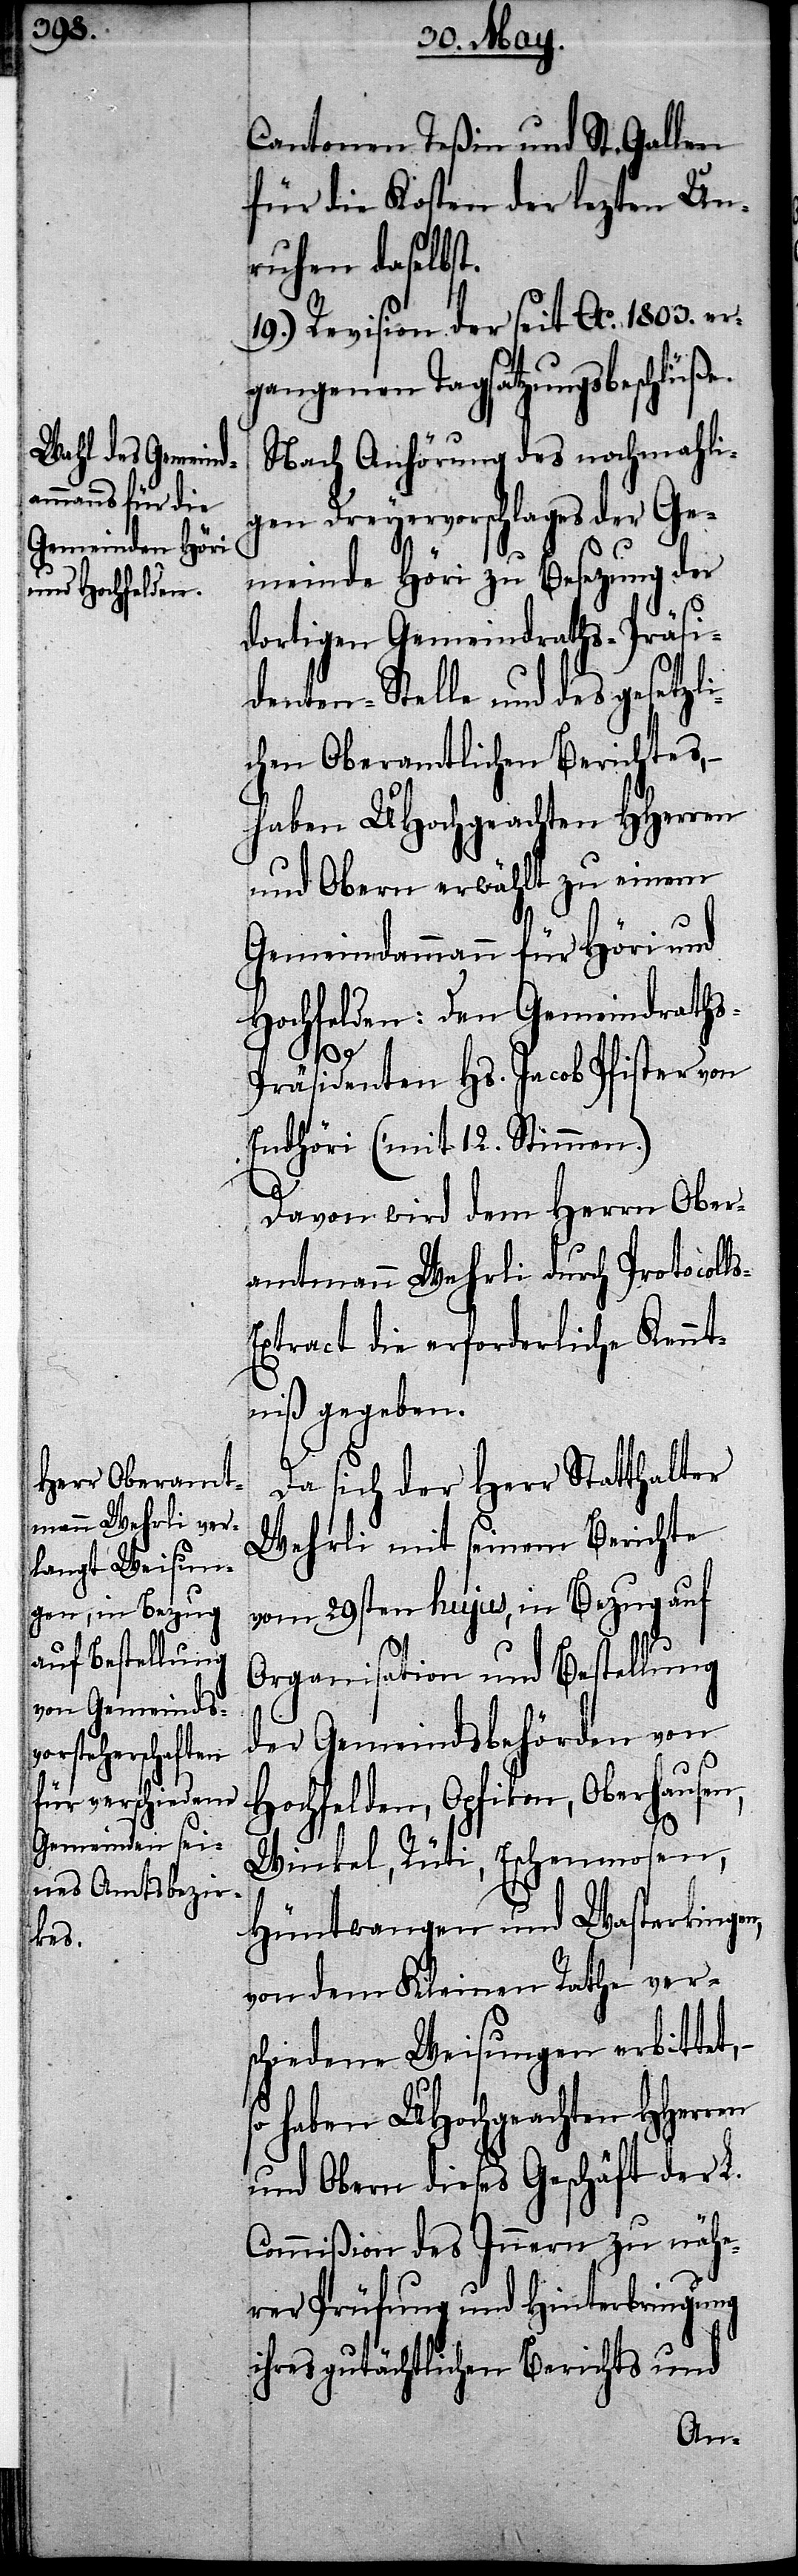
Cantonen Teßin und St. Gallen
für die Kosten der lezten Un¬
ruhen daselbst.
19.) Revision der seit Ao. 1803. er¬
gangenen Tagsatzungsbeschlüße.
Nach Anhörung des nochmahli¬
gen Dreyervorschlages der Ge¬
meinde Höri zu Besezung der
dortigen Gemeindraths-Präsi¬
denten-Stelle und des gesetzl¬
chen Oberamtlichen Berichtes,
haben UHochgeachten HHerren
und Obern erwählt zu einem
Gemeindammann für Höri und
Hochfelden: Den Gemeindrath¬
s-E¬
s-Präsidenten Hs. Jacob Pfister von
Endhöri (mit 12. Stimmen.)
Davon wird dem Herrn Ober¬
amtmann Wehrli durch Protocoll¬
xtract die erforderliche Kennt¬
niß gegeben.
Da sich der Herr Statthalter
Wehrli mit seinem Berichte
vom 29sten hujus, in Bezug auf
Organisation und Bestellung
der Gemeindsbehörden von
Hochfelden, Opfikon, Oberhausen,
Winkel, Rüti, Eschenmosen,
Hüntwangen und Wasterkingen,
von dem Kleinen Rathe ver¬
schiedene Weisungen erbittet,
und Obern dieses Geschäft der L.
Commißion des Innern zu nähe¬
rer Prüfung und Hinterbringung
ihres gutächtlichen Berichts und